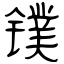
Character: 镤